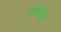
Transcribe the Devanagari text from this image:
हरिरीने